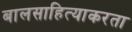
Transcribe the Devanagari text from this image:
बालसाहित्याकरता